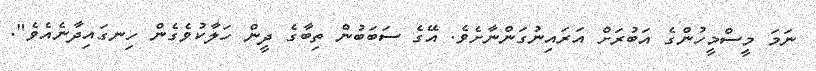
ނަމަ މީސްމީހުންގެ އަބުރަށް އަރައިނުގަންނާށެވެ. އޭގެ ސަބަބުން ތިބާގެ ދީން ހަލާކުވެގެން ހިނގައިދާނެއެވެ".